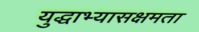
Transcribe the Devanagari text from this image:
युद्धाभ्यासक्षमता